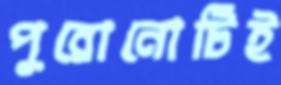
পুরোনোটিই